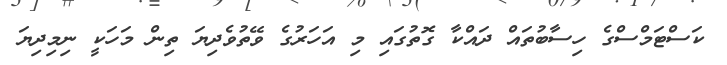
ކަސްޓަމްސްގެ ހިސާބުތައް ދައްކާ ގޮތުގައި މި އަހަރުގެ ވޭތުވެދިޔަ ތިން މަހަކީ ނިމިދިޔަ